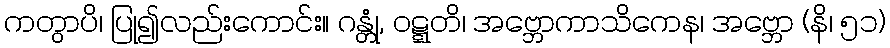
ကတွာပိ၊ ပြု၍လည်းကောင်း။ ဂန္တုံ, ဝဋ္ဋတိ၊ အဗ္ဘောကာသိကေန၊ အဗ္ဘော (နိ၊ ၅၁)